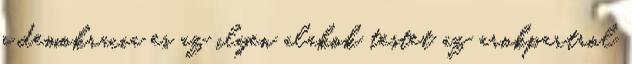
a demokracia es az ilyen alakok testet az arokpartrol